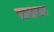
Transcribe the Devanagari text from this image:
रामाराम